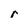
Character: r